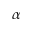
\alpha